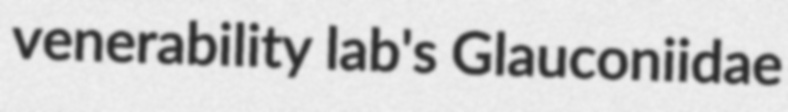
venerability lab's Glauconiidae